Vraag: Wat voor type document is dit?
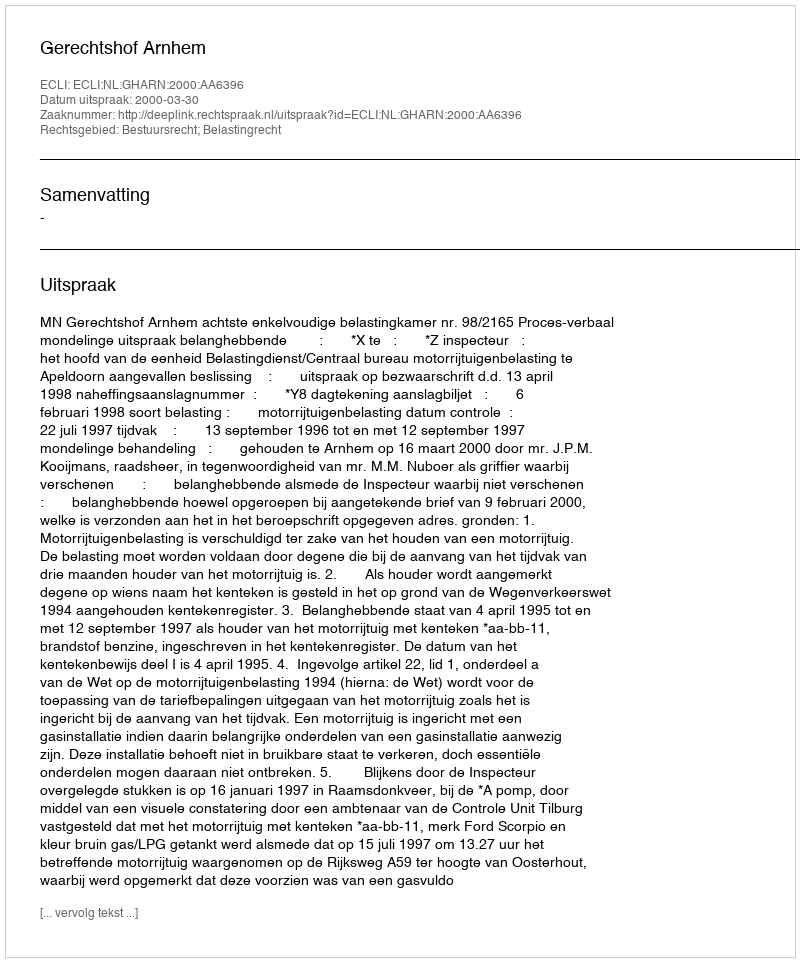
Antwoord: Uitspraak